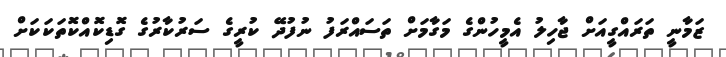
ޒަމާނީ ތަރައްގީއަށް ޖާހިލު އެމީހުންގެ މަގާމަށް ތަސައްރަފު ނުފުދޭ ކުރީގެ ސަރުކާރުގެ ގޮޑިކޮއްކޮތަކަކަށް